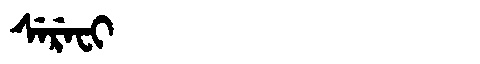
Manchu: ᠰᡝᡵᡝᠸᡳ
Romanization: SEREFI